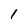
Character: 1